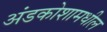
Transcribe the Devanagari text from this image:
अंडकोशामधील